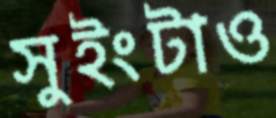
সুইংটাও